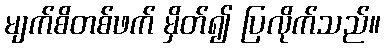
မျက်စိတစ်ဖက် မှိတ်၍ ပြလိုက်သည်။